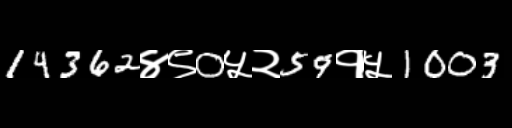
Text: 14362४९0५२59१५1003